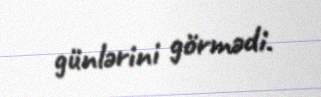
günlərini görmədi.